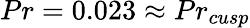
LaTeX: Pr=0.023\approx Pr_{cusp}